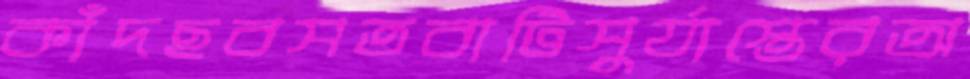
কাঁদছবসতবাটিসুর্যাস্তেরঅ